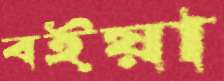
বইয়া